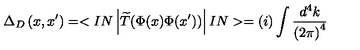
\Delta _ { D } \left( x , x ^ { \prime } \right) = < I N \left| \widetilde { T } ( \Phi ( x ) \Phi ( x ^ { \prime } ) ) \right| I N > = ( i ) \int \frac { d ^ { 4 } k } { \left( 2 \pi \right) ^ { 4 } }